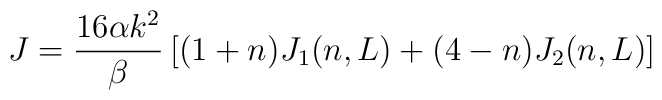
J = \frac{16 \alpha k^2}{\beta}\left[ (1 + n) J_1(n, L) + (4 - n) J_2(n, L) \right]